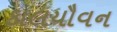
કાલયૌવન